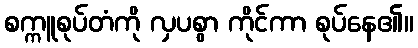
စက္ကူစုပ်တံကို လှပစွာ ကိုင်ကာ စုပ်နေ၏။